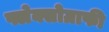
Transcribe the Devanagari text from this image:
फ्लेक्सोग्राफी